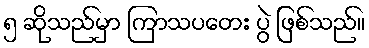
၅ ဆိုသည်မှာ ကြာသပတေး ပွဲ ဖြစ်သည်။